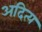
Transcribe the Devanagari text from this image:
अदित्य